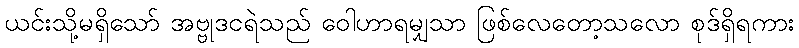
ယင်းသို့မရှိသော် အဗ္ဗုဒငရဲသည် ဝေါဟာရမျှသာ ဖြစ်လေတော့သလော စုဒ်ရှိရကား